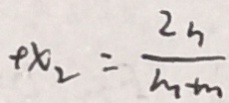
\varphi x _ { 2 } = \frac { 2 _ { n } } { m + m }